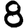
Digit: 8